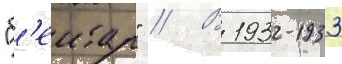
"б'еитар" // В 1932-1933